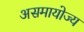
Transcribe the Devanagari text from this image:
असमायोज्य